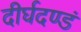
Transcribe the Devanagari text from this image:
दीर्घदण्डं